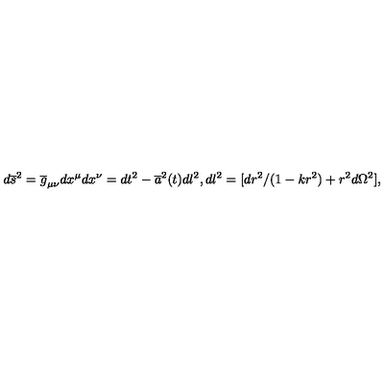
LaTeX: d \overline { { s } } ^ { 2 } = \overline { { g } } _ { \mu \nu } d x ^ { \mu } d x ^ { \nu } = d t ^ { 2 } - \overline { { a } } ^ { 2 } ( t ) d l ^ { 2 } , d l ^ { 2 } = [ d r ^ { 2 } / ( 1 - k r ^ { 2 } ) + r ^ { 2 } d \Omega ^ { 2 } ] ,